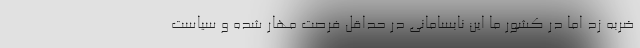
ضربه زد اما در کشور ما این نابسامانی در حداقل فرصت مهار شده و سیاست